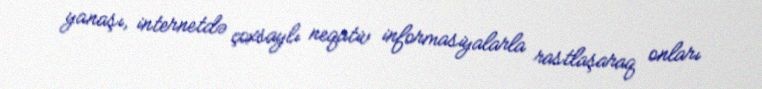
yanaşı, internetdə çoxsaylı neqativ informasiyalarla rastlaşaraq onları